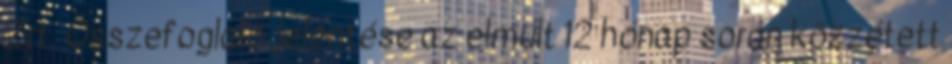
Zrt. Összefoglaló jelentése az elmúlt 12 hónap során közzétett